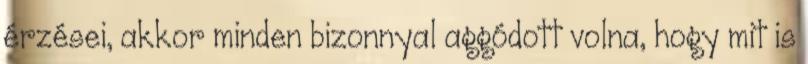
érzései, akkor minden bizonnyal aggódott volna, hogy mit is